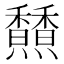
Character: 𩡢